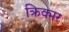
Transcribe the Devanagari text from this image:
क्रिक्मर